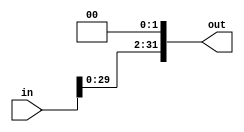
`timescale 1ns / 1ps
//////////////////////////////////////////////////////////////////////////////////
// Company: 
// Engineer: 
// 
// Design Name: 
// Module Name: sl2
// Project Name: 
// Target Devices: 
// Tool Versions: 
// Description: 
// 
// Dependencies: 
// 
// Revision:
// Revision 0.01 - File Created
// Additional Comments:
// 
//////////////////////////////////////////////////////////////////////////////////


module sl2(
    input [31:0] in,
    output [31:0] out
    );
    
    //shift left 2 bits, that is x4
    assign out={in[29:0], 2'b00};
    
endmodule